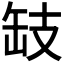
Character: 𢻂